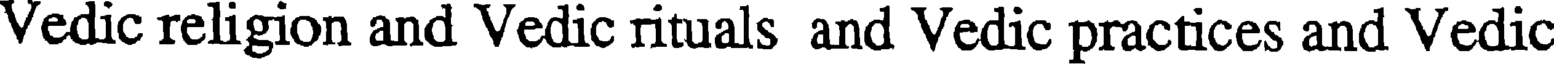
Vedic religion and Vedic rituals and Vedic practices and Vedic